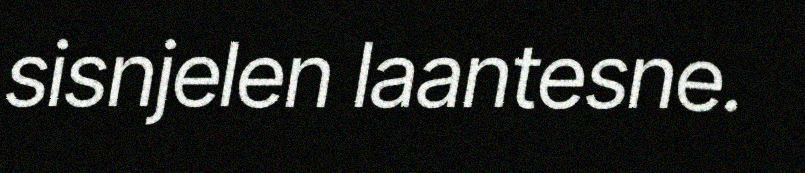
sisnjelen laantesne.